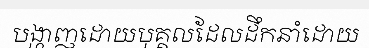
បង្ហាញដោយបុគ្គលដែលដឹកនាំដោយ